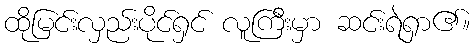
ထိုမြင်းလှည်းပိုင်ရှင် လူကြီးမှာ ဆင်းရဲရှာ၏။